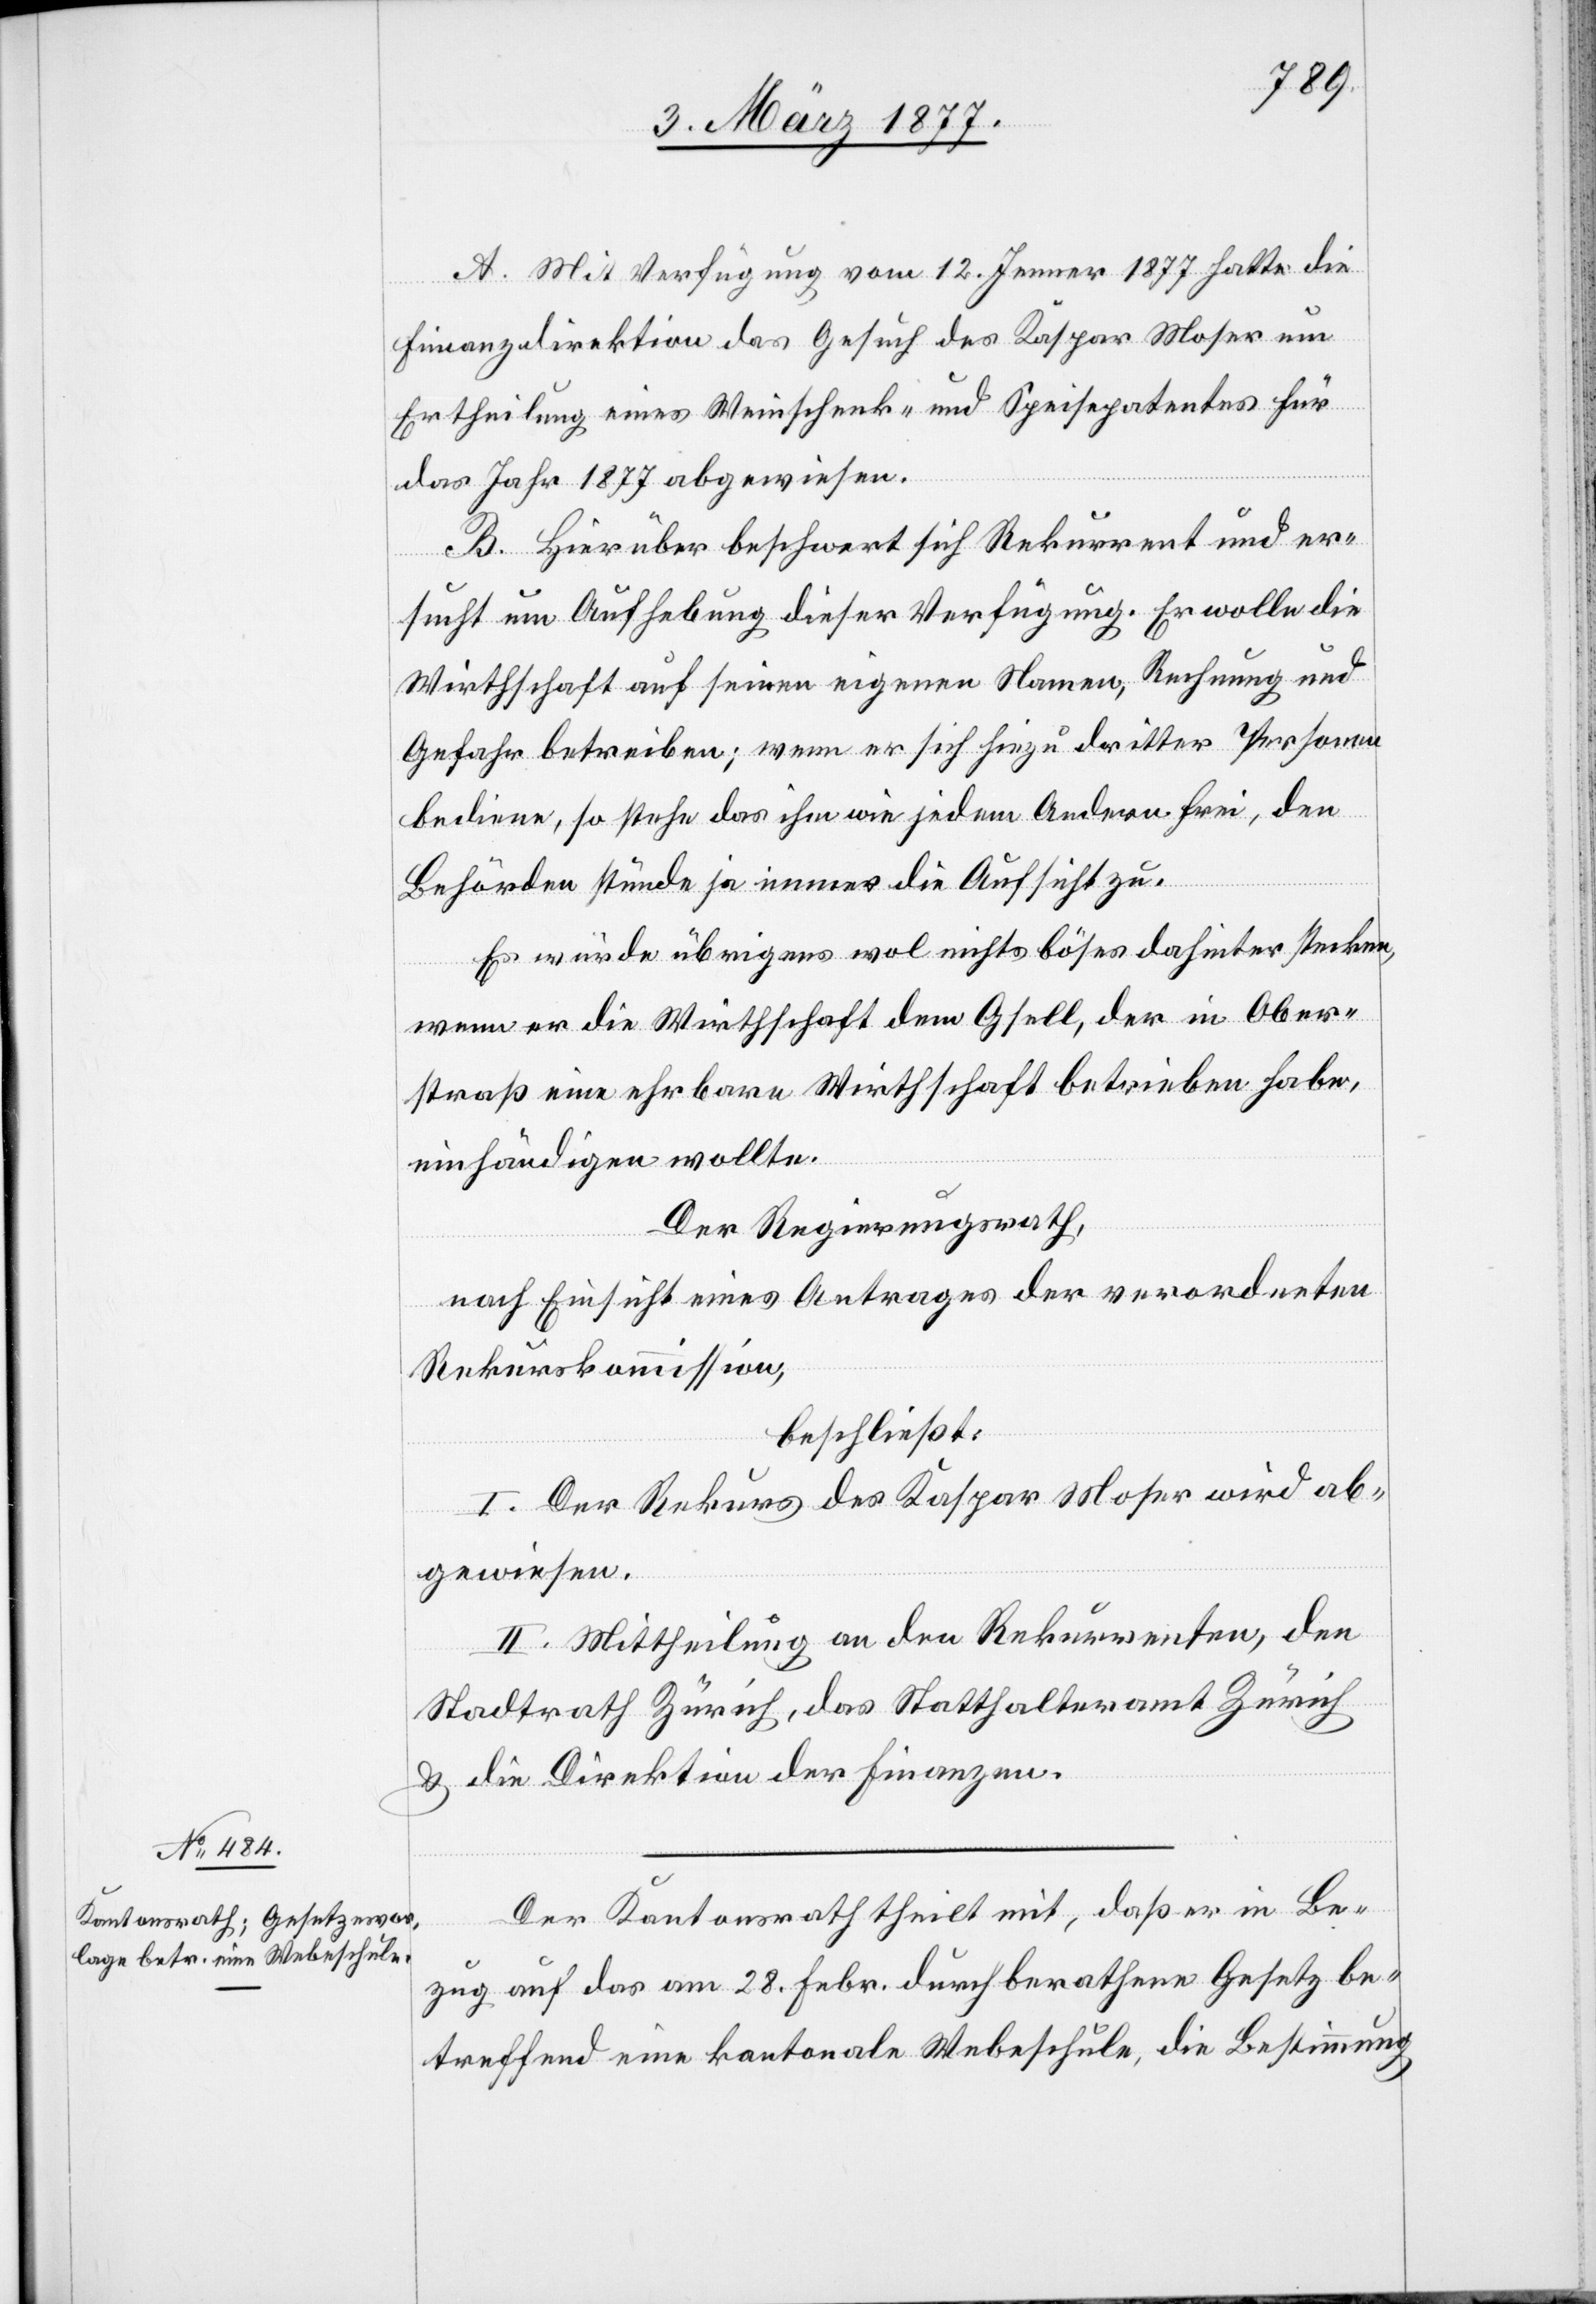
A. Mit Verfügung vom 12. Jenner 1877 hatte die
Finanzdirektion das Gesuch des Kaspar Moser um
Ertheilung eines Weinschenk- und Speisepatentes für
das Jahr 1877 abgewiesen.
B. Hierüber beschwert sich Rekurrent und er¬
sucht um Aufhebung dieser Verfügung. Er wolle die
Wirthschaft auf seinen eigenen Namen, Rechnung und
Gefahr betreiben; wenn er sich hiezu dritter Personen
bediene, so stehe das ihm wie jedem Andern frei, den
Behörden stünde ja immer die Aufsicht zu.
Es würde übrigens wol nichts böses dahinter stecken,
wenn er die Wirthschaft dem Gsell, der in Ober¬
straß eine ehrbare Wirthschaft betrieben habe,
einhändigen wollte.
Der Regierungsrath,
nach Einsicht eines Antrages der verordneten
Rekurskommission,
beschließt:
I. Der Rekurs des Kaspar Moser wird ab¬
gewiesen.
II. Mittheilung an den Rekurrenten, den
Stadtrath Zürich, das Statthalteramt Zürich
& die Direktion der Finanzen.
Der Kantonsrath theilt mit, daß er in Be¬
zug auf das am 28. Febr. durchberathene Gesetz be¬
treffend eine kantonale Webeschule, die Bestimmung